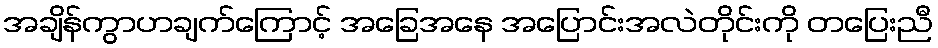
အချိန်ကွာဟချက်ကြောင့် အခြေအနေ အပြောင်းအလဲတိုင်းကို တပြေးညီ